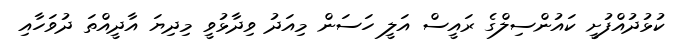
ކުޅުދުއްފުށީ ކައުންސިލްގެ ރައީސް އަލީ ހަސަން މިއަދު ވިދާޅުވީ މިދިޔަ އާދީއްތަ ދުވަހާއި